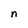
Character: n